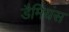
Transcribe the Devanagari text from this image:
डैमियंस